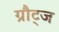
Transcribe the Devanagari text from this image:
ग्रौट्ज